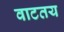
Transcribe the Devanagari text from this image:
वाटतय